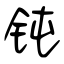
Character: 钝